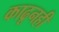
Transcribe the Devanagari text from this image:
काढूनही